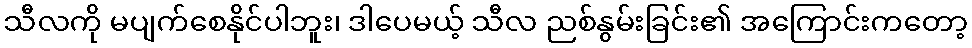
သီလကို မပျက်စေနိုင်ပါဘူး၊ ဒါပေမယ့် သီလ ညစ်နွမ်းခြင်း၏ အကြောင်းကတော့